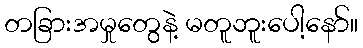
တခြားအမှုတွေနဲ့ မတူဘူးပေါ့နော်။